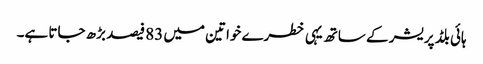
ہائی بلڈ پریشر کے ساتھ یہی خطرے خواتین میں 83 فیصد بڑھ جاتا ہے۔